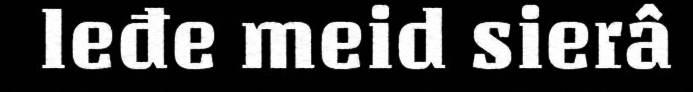
leđe meid sierâ